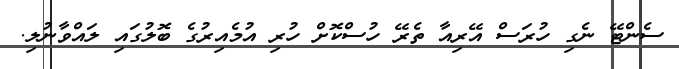
ސެންޓޭ ނެގި ހުރަސް އޭރިއާ ތެރޭ ހުސްކޮށް ހުރި އުމެއިރުގެ ބޮލުގައި ލައްވާނުލި.